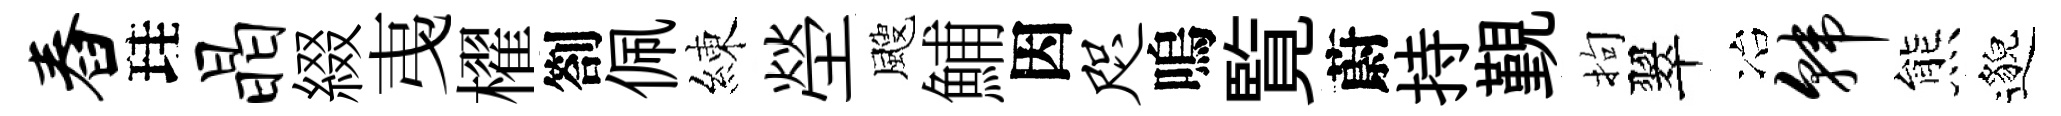
舂珪晶綴𢎯櫂劄佩練塋颼鯆因咫嗚覧蔚持覲拘翠冶韩熊邈